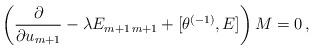
LaTeX: \begin{align*}\left(\frac{\partial}{\partial u_{m+1}} - \lambda E_{m+1\, m+1} +\lbrack \theta^{(-1)}, E \rbrack \right) M =0 \, , \end{align*}